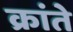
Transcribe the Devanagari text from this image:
क्रांते